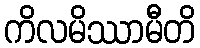
ကိလမိဿာမီတိ